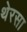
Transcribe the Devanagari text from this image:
थेरसा